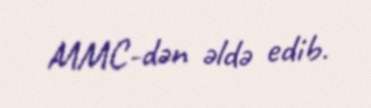
MMC-dən əldə edib.